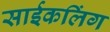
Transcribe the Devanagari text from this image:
साईकलिंग